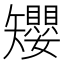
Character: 𥐑